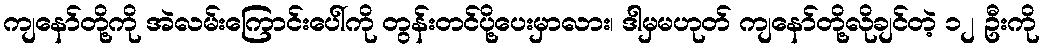
ကျနော်တို့ကို အဲလမ်းကြောင်းပေါ်ကို တွန်းတင်ပို့ပေးမှာလား၊ ဒါမှမဟုတ် ကျနော်တို့လိုချင်တဲ့ ၁၂ ဦးကို